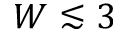
W \lesssim 3